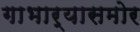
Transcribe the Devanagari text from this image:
गाभार्‍यासमोर